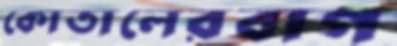
কোতালেরবাগ